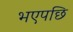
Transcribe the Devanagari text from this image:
भएपछि